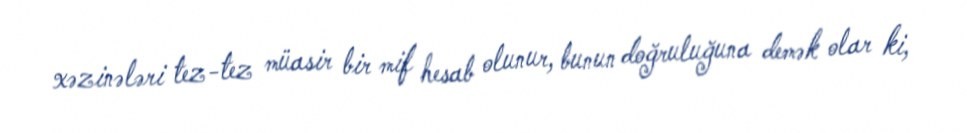
xəzinələri tez-tez müasir bir mif hesab olunur, bunun doğruluğuna demək olar ki,